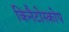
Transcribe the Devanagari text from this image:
किनैटोस्कोप